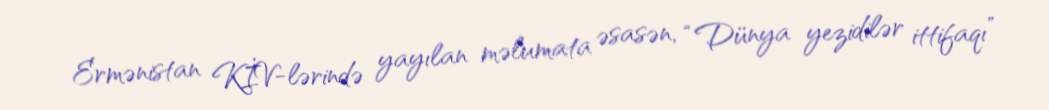
Ermənistan KİV-lərində yayılan məlumata əsasən, “Dünya yezidilər ittifaqı”